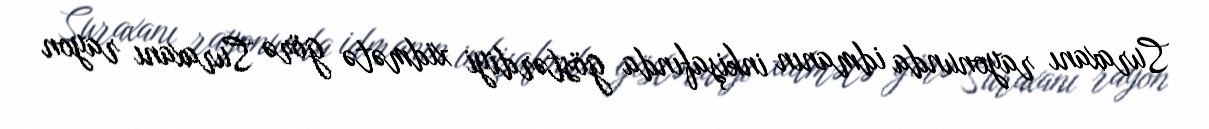
Suraxanı rayonunda idmanın inkişafında göstərdiyi xidmətə görə Suraxanı rayon